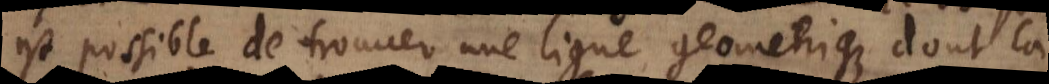
est possible de trouver une ligne geometrique dont la